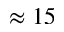
\approx 1 5